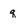
Character: q